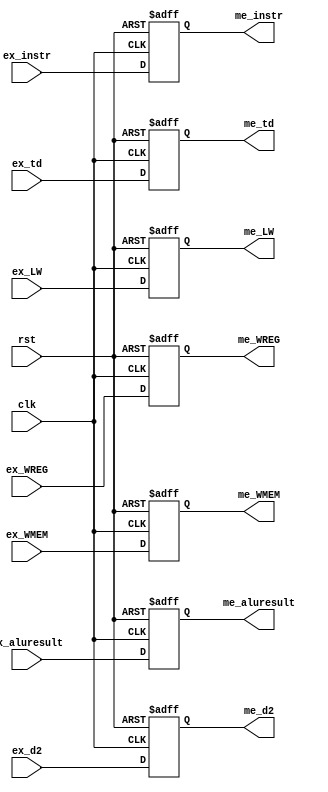
module EX_ME(
	clk,rst,
	ex_aluresult, ex_td, ex_d2, ex_WREG, ex_WMEM, ex_LW,ex_instr,
	me_aluresult, me_td, me_d2, me_WREG, me_WMEM, me_LW,me_instr
    );
	input clk,rst;
	input wire [31:0] ex_aluresult,ex_d2,ex_instr;
	input wire [4:0] ex_td;
	input wire ex_WREG,ex_WMEM,ex_LW;
	output reg [31:0] me_aluresult,me_d2,me_instr;
	output reg [4:0] me_td;
	output reg me_WREG,me_WMEM,me_LW;

	always @(posedge clk or posedge rst)
	begin
	if(rst)
	begin
		me_aluresult <= 0;
		me_d2 <= 0;
		me_td <= 0;
		me_WREG <= 0;
		me_WMEM <= 0;
		me_LW <= 0;
		me_instr<=32'b100000;
	end
	else
	begin
		me_aluresult <= ex_aluresult;
		me_d2 <= ex_d2;
		me_td <= ex_td;
		me_WREG <= ex_WREG;
		me_WMEM <= ex_WMEM;
		me_LW <= ex_LW;
		me_instr<=ex_instr;
	end
	end

endmodule